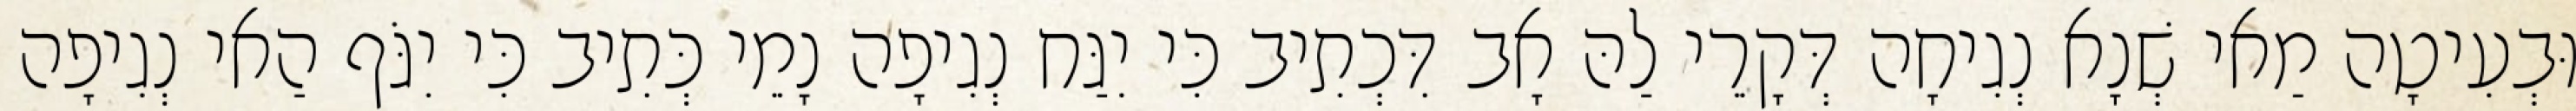
וּבְעִיטָה מַאי שְׁנָא נְגִיחָה דְּקָרֵי לַהּ אָב דִּכְתִיב כִּי יִגַּח נְגִיפָה נָמֵי כְּתִיב כִּי יִגֹּף הַאי נְגִיפָה